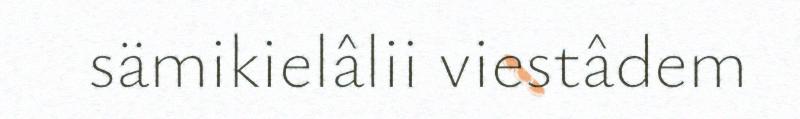
sämikielâlii viestâdem